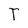
Character: T